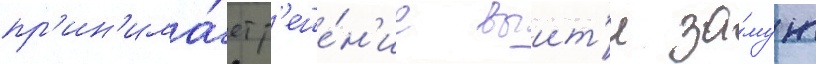
пр'ин'има́ет р'еше́н'ие выит'и за́муж